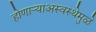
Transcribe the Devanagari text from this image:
होणाऱ्याअस्वस्थेमुळे